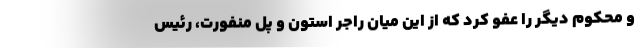
و محکوم دیگر را عفو کرد که از این میان راجر استون و پل منفورت، رئیس